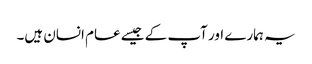
یہ ہمارے اور آپ کے جیسے عام انسان ہیں۔